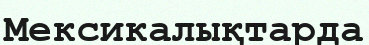
Мексикалықтарда